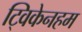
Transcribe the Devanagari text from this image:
ट्विकेनहम